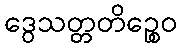
ဒွေသတ္တတိဉ္စေဝ